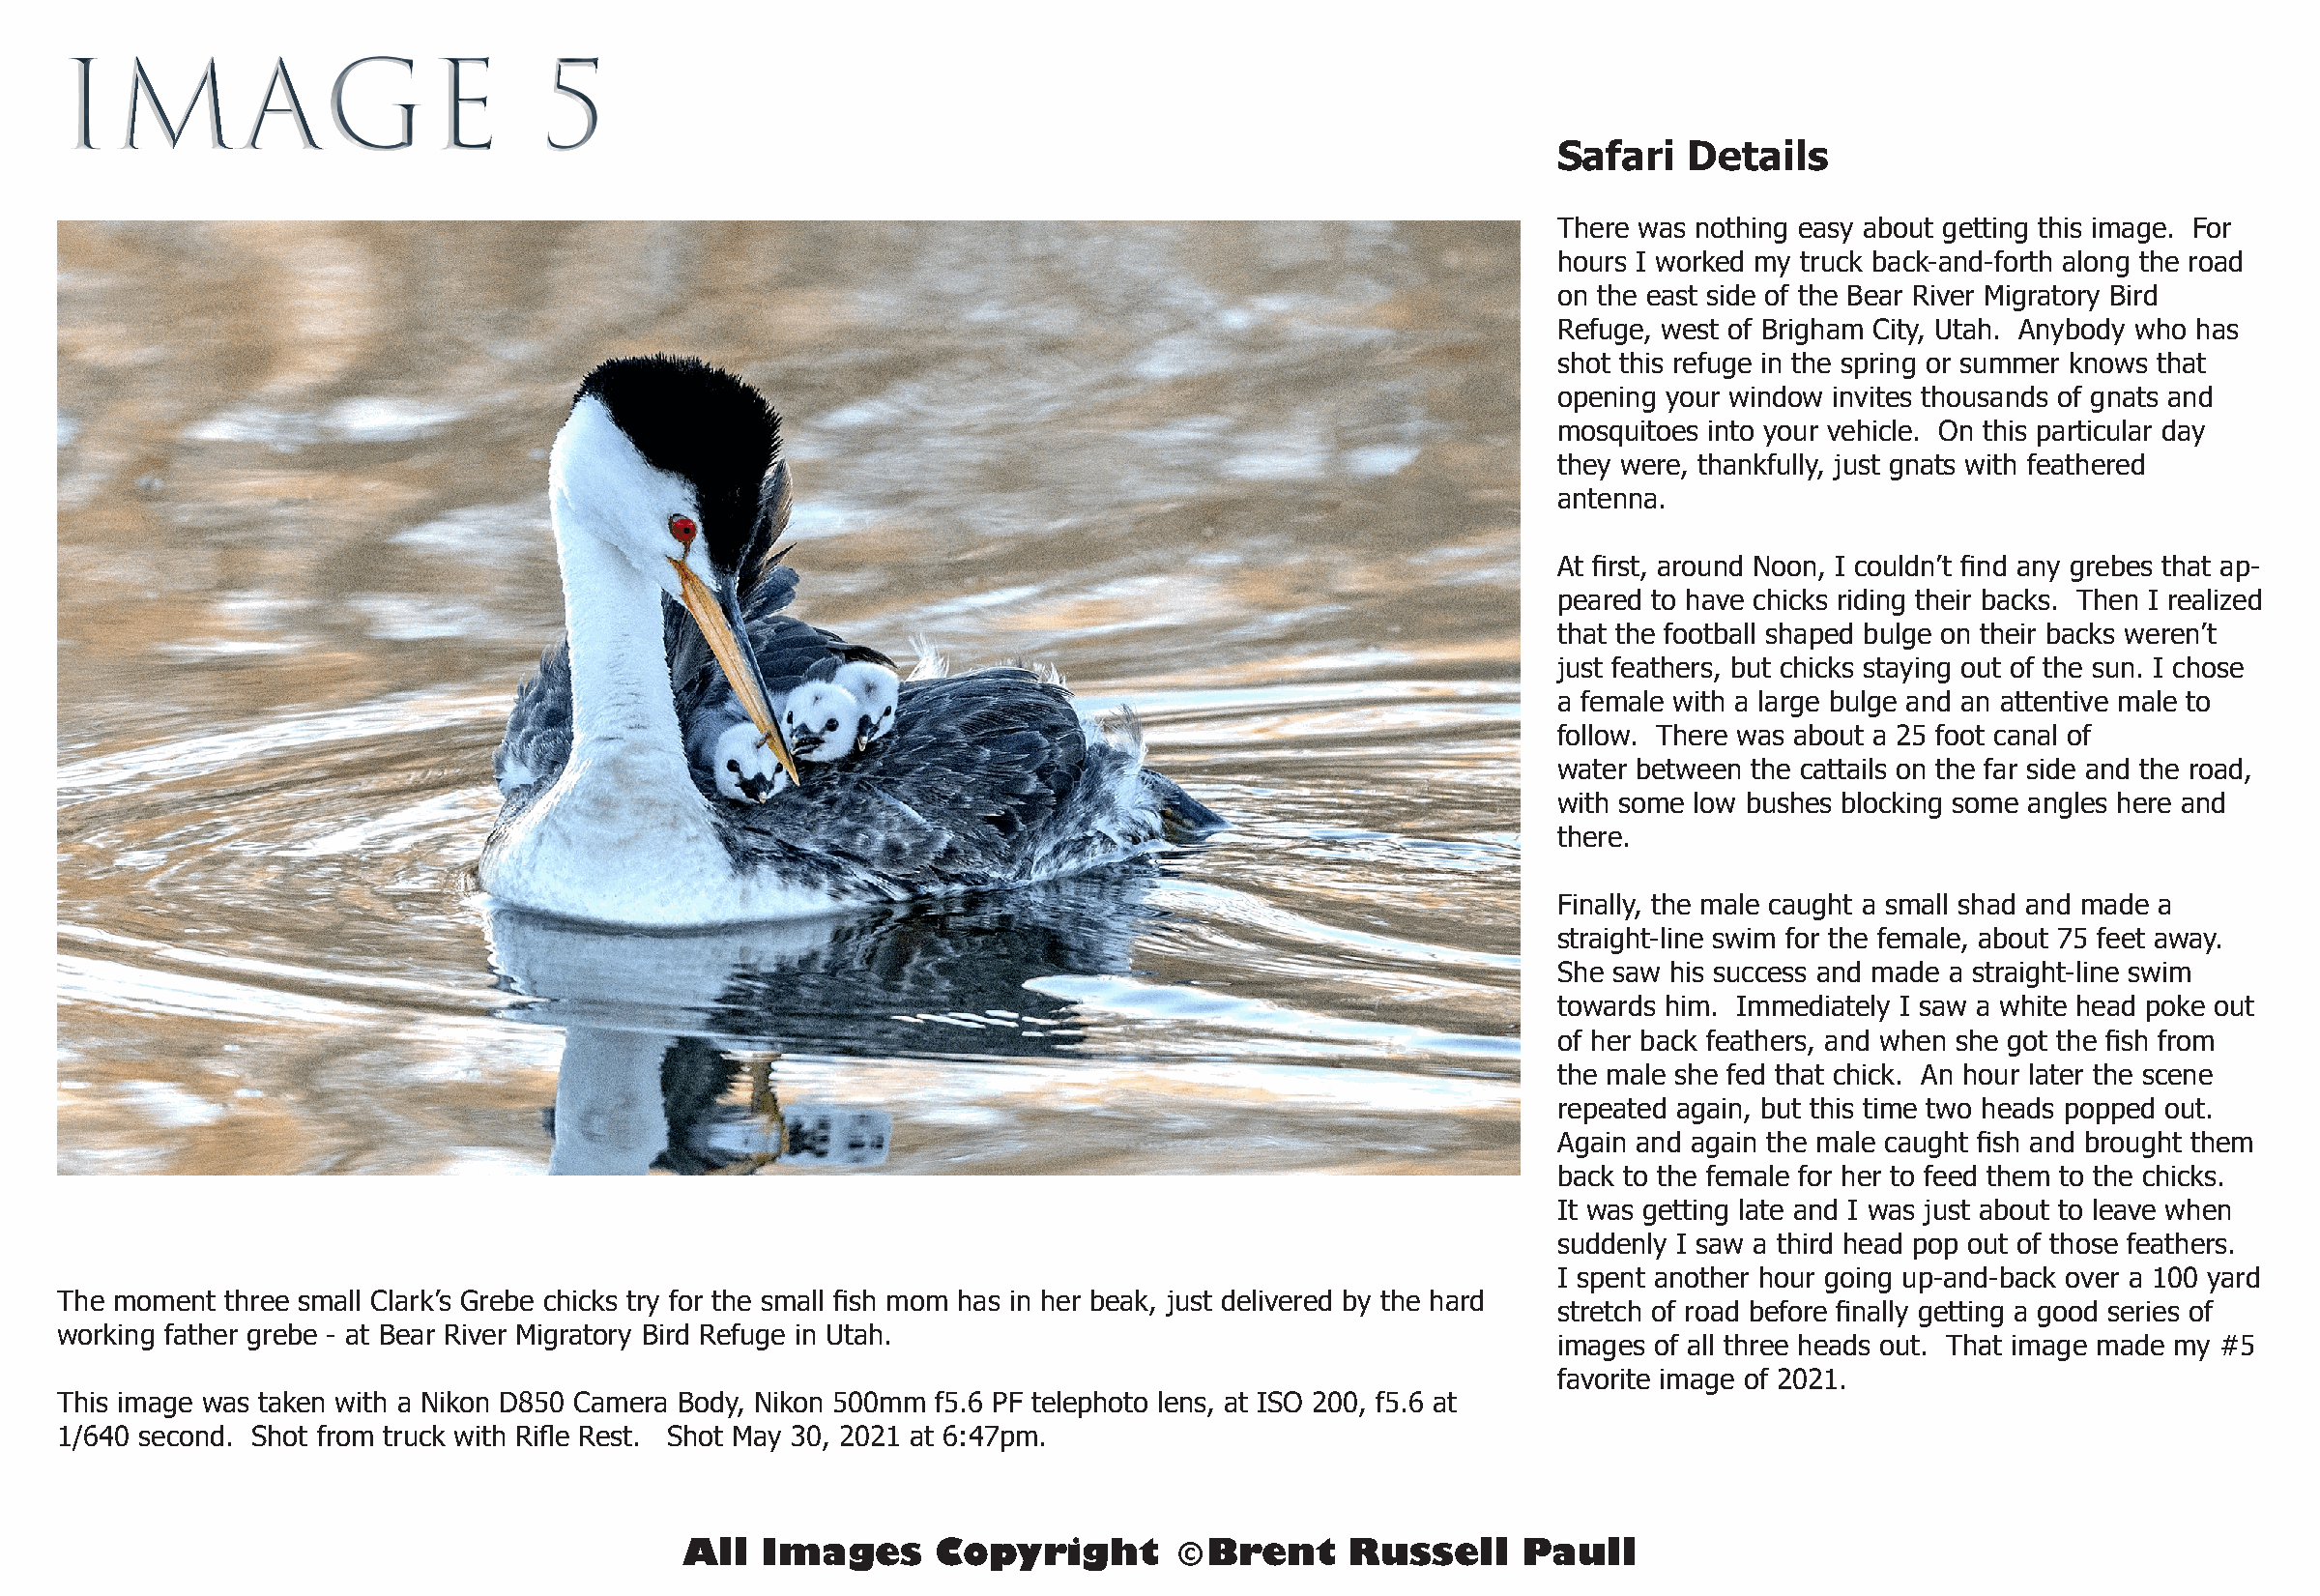
IMAGE                            5
 Safari   Details
 There was nothing easy about getting this image. For
 hours I worked my truck back-and-forth along the road
 on the east side of the Bear River Migratory Bird
 Refuge, west of Brigham City, Utah. Anybody who has
 shot this refuge in the spring or summer knows that
 opening your window invites thousands of gnats and
 mosquitoes into your vehicle. On this particular day
 they were, thankfully, just gnats with feathered
 antenna.
 At first, around Noon, I couldn’t find any grebes that ap-
 peared to have chicks riding their backs. Then I realized
 that the football shaped bulge on their backs weren’t
 just feathers, but chicks staying out of the sun. I chose
 a female with a large bulge and an attentive male to
 follow. There was about a 25 foot canal of
 water between the cattails on the far side and the road,
 with some low bushes blocking some angles here and
 there.
 Finally, the male caught a small shad and made a
 straight-line swim for the female, about 75 feet away.
 She saw his success and made a straight-line swim
 towards him. Immediately I saw a white head poke out
 of her back feathers, and when she got the fish from
 the male she fed that chick. An hour later the scene
 repeated again, but this time two heads popped out.
 Again and again the male caught fish and brought them
 back to the female for her to feed them to the chicks.
 It was getting late and I was just about to leave when
 suddenly I saw a third head pop out of those feathers.
 I spent another hour going up-and-back over a 100 yard
 The moment three small Clark’s Grebe chicks try for the small fish mom has in her beak, just delivered by the hard
 stretch of road before finally getting a good series of
 working father grebe - at Bear River Migratory Bird Refuge in Utah.
 images of all three heads out. That image made my #5
 favorite image of 2021.
 This image was taken with a Nikon D850 Camera Body, Nikon 500mm f5.6 PF telephoto lens, at ISO 200, f5.6 at
 1/640 second. Shot from truck with Rifle Rest. Shot May 30, 2021 at 6:47pm.
 All  Images      Copyright        © Brent    Russell     Paull